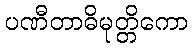
ပဏီတာဓိမုတ္တိကော